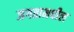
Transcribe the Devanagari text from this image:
जगतामधील